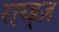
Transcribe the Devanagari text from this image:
राय्ड्ज़